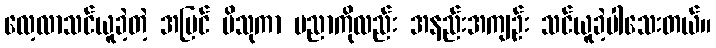
လေ့လာသင်ယူခဲ့တဲ့ အပြင် ဗိသုကာ ပညာကိုလည်း အနည်းအကျဉ်း သင်ယူခဲ့ပါသေးတယ်။